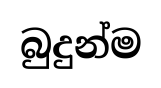
බුදුන්ම